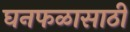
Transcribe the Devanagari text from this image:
घनफळासाठी